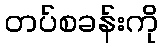
တပ်စခန်းကို